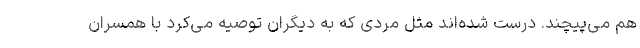
هم می‌پیچند. درست شده‌اند مثل مردی که به دیگران توصیه می‌کرد با همسران